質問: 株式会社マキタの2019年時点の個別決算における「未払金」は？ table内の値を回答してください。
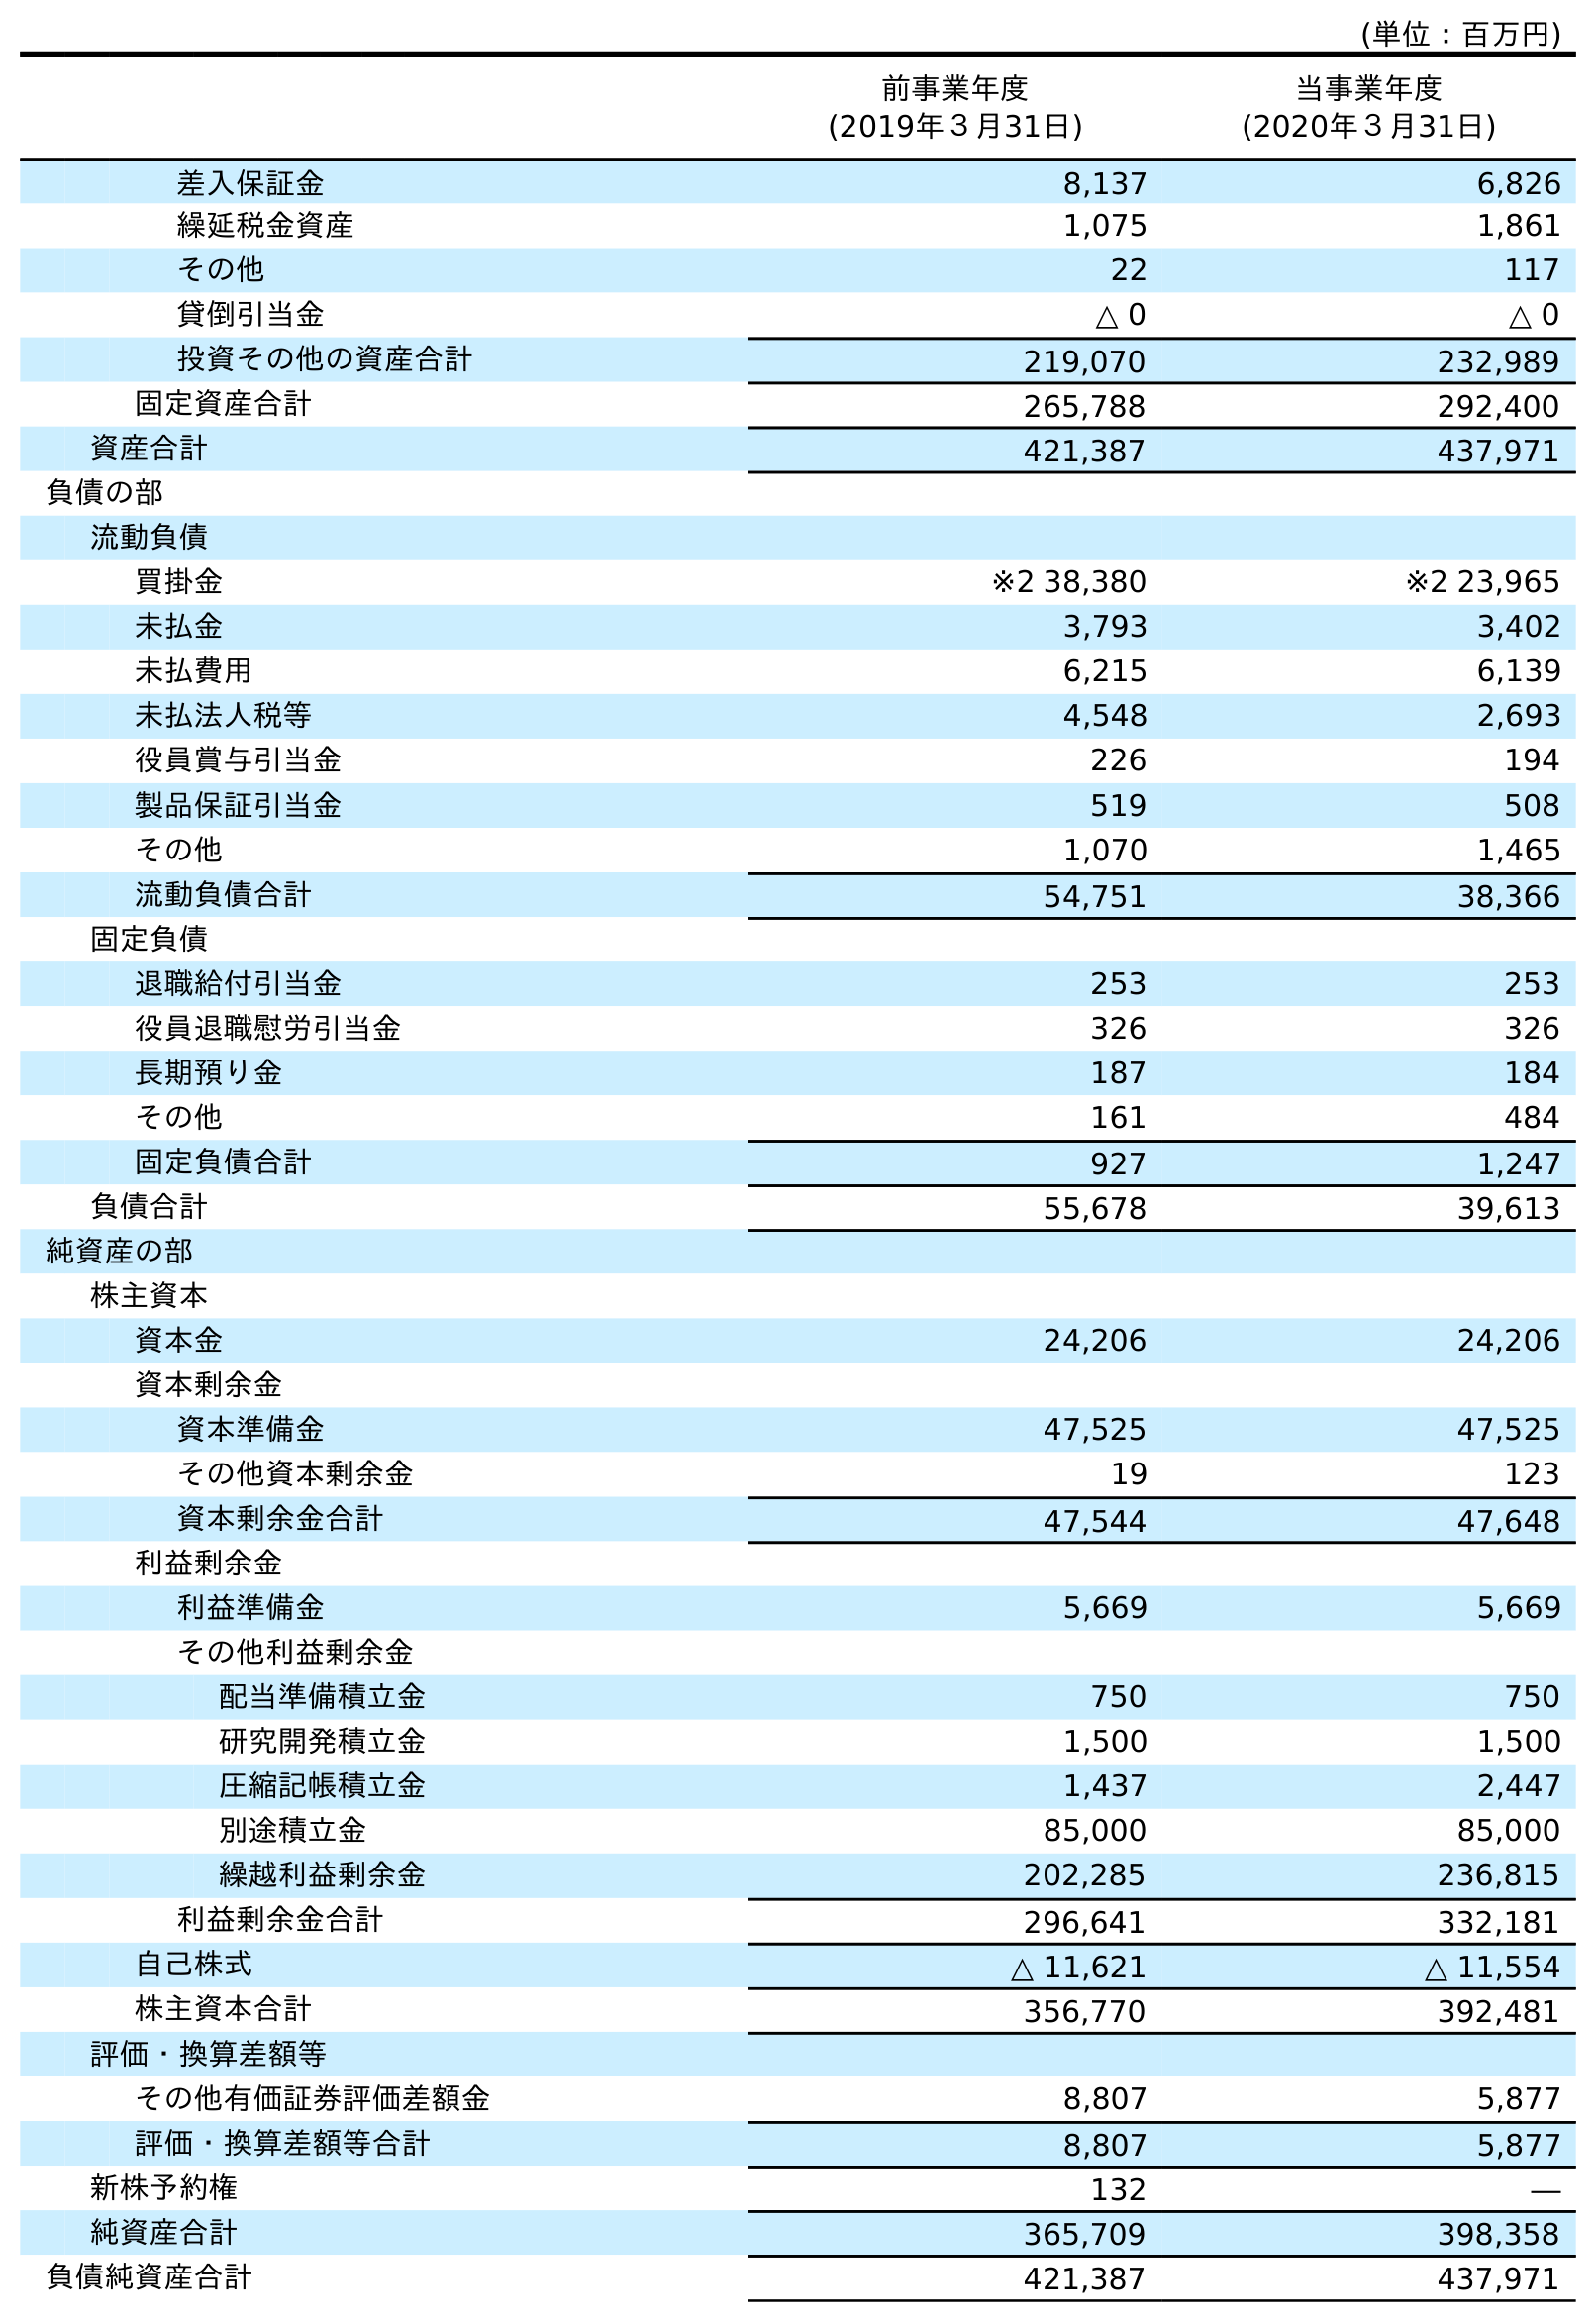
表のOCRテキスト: (単位：百万円) 前事業年度 (2019年３月31日) 当事業年度 (2020年３月31日) 差入保証金 8,137 6,826 繰延税金資産 1,075 1,861 その他 22 117 貸倒引当金 △ 0 △ 0 投資その他の資産合計 219,070 232,989 固定資産合計 265,788 292,400 資産合計 421,387 437,971 負債の部 流動負債 買掛金 ※2 38,380 ※2 23,965 未払金 3,793 3,402 未払費用 6,215 6,139 未払法人税等 4,548 2,693 役員賞与引当金 226 194 製品保証引当金 519 508 その他 1,070 1,465 流動負債合計 54,751 38,366 固定負債 退職給付引当金 253 253 役員退職慰労引当金 326 326 長期預り金 187 184 その他 161 484 固定負債合計 927 1,247 負債合計 55,678 39,613 純資産の部 株主資本 資本金 24,206 24,206 資本剰余金 資本準備金 47,525 47,525 その他資本剰余金 19 123 資本剰余金合計 47,544 47,648 利益剰余金 利益準備金 5,669 5,669 その他利益剰余金 配当準備積立金 750 750 研究開発積立金 1,500 1,500 圧縮記帳積立金 1,437 2,447 別途積立金 85,000 85,000 繰越利益剰余金 202,285 236,815 利益剰余金合計 296,641 332,181 自己株式 △ 11,621 △ 11,554 株主資本合計 356,770 392,481 評価・換算差額等 その他有価証券評価差額金 8,807 5,877 評価・換算差額等合計 8,807 5,877 新株予約権 132 ― 純資産合計 365,709 398,358 負債純資産合計 421,387 437,971
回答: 3,793